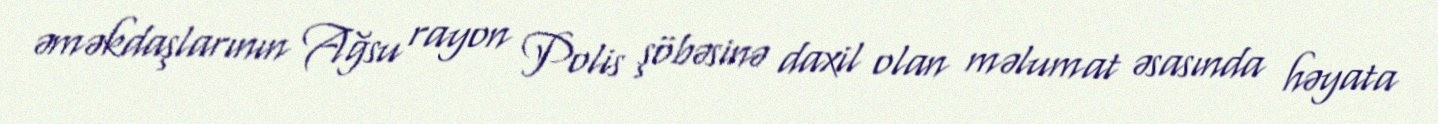
əməkdaşlarının Ağsu rayon Polis şöbəsinə daxil olan məlumat əsasında həyata